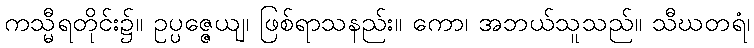
ကသ္မီရတိုင်း၌။ ဥပ္ပဇ္ဇေယျ၊ ဖြစ်ရာသနည်း။ ကော၊ အဘယ်သူသည်။ သီဃတရံ၊